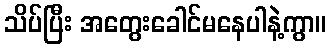
သိပ်ပြီး အတွေးခေါင်မနေပါနဲ့ကွာ။